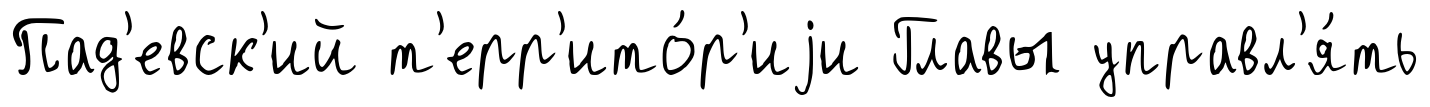
Пад'евск'ий т'ерр'ито́р'иjи Главы управл'я́ть